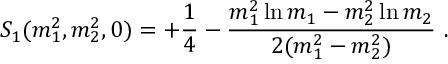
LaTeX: S _ { 1 } ( m _ { 1 } ^ { 2 } , m _ { 2 } ^ { 2 } , 0 ) = + \frac { 1 } { 4 } - \frac { m _ { 1 } ^ { 2 } \ln { m _ { 1 } } - m _ { 2 } ^ { 2 } \ln { m _ { 2 } } } { 2 ( m _ { 1 } ^ { 2 } - m _ { 2 } ^ { 2 } ) } \ .